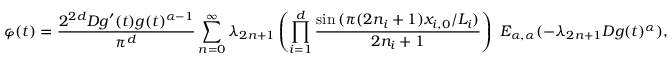
\varphi ( t ) = \frac { 2 ^ { 2 d } D g ^ { \prime } ( t ) g ( t ) ^ { \alpha - 1 } } { \pi ^ { d } } \sum _ { n = 0 } ^ { \infty } \lambda _ { 2 n + 1 } \left( \prod _ { i = 1 } ^ { d } \frac { \sin { ( \pi ( 2 n _ { i } + 1 ) x _ { i , 0 } / L _ { i } ) } } { 2 n _ { i } + 1 } \right) \ E _ { \alpha , \alpha } ( - \lambda _ { 2 n + 1 } D g ( t ) ^ { \alpha } ) ,